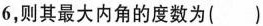
6，则其最大内角的度数为( )